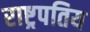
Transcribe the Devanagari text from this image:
राष्ट्रपतिय